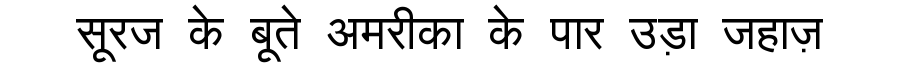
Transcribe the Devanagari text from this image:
सूरज के बूते अमरीका के पार उड़ा जहाज़